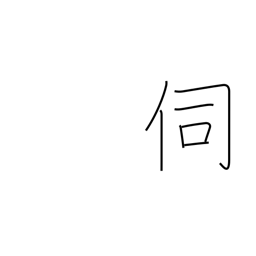
Meaning: question